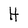
Character: H